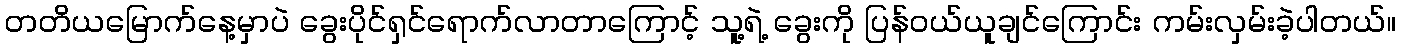
တတိယမြောက်နေ့မှာပဲ ခွေးပိုင်ရှင်ရောက်လာတာကြောင့် သူ့ရဲ့ ခွေးကို ပြန်ဝယ်ယူချင်ကြောင်း ကမ်းလှမ်းခဲ့ပါတယ်။